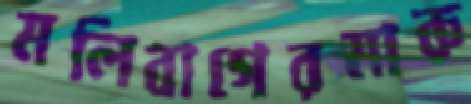
মলিবাগেরমারু